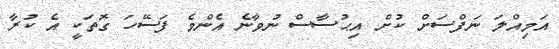
އަމިއްލަ ނަފްސަށް ކުށް އިޙުސާސް ނުވާނެ އެންމެ ފަސޭހަ ގޮތަކީ އެ ކުރާ